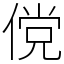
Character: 傥